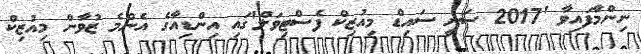
ނިންމާފައިވާ '2017 ސަނީ ސައިޑް މިއުޒިކް ފެސްޓިވަލް'ގައި އިންޑިއާގެ އެންމެ ޒުވާން މިއުޒިކް